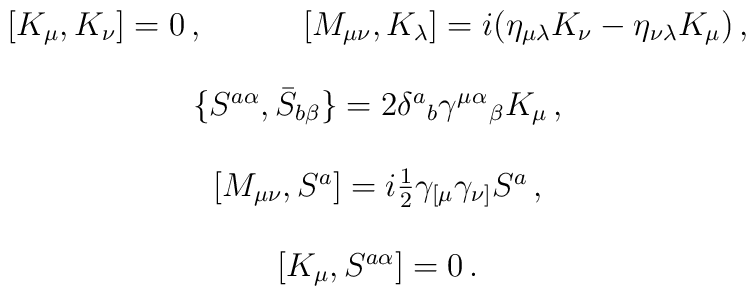
\begin{array}{c}[K_{\mu},K_{\nu}]=0\,,~~~~~~~~~[M_{\mu\nu},K_{\lambda}]=i(\eta_{\mu\lambda}K_{\nu}-\eta_{\nu\lambda}K_{\mu})\,,\\{}\\\{S^{a\alpha}, \bar{S}_{b\beta}\}=2\delta^{a}{}_{b}\gamma^{\mu}{}^{\alpha}{}_{\beta}K_{\mu}\,,\\{}\\{}[M_{\mu\nu},S^{a}]=i\textstyle{\frac{1}{2}}\gamma_{[\mu}\gamma_{\nu]}S^{a}\,,\\{}\\{}[{K}_{\mu},S^{a\alpha}]=0\,.\end{array}